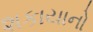
શકાયાનો